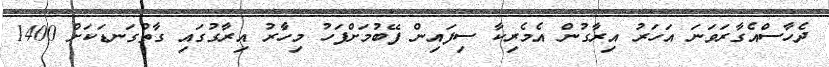
ދެހާސްއެގާރަވަނަ އަހަރު އިރާގުން އެމެރިކާ ސިފައިން ފޭބުމަށްފަހު މިހާެރު އިރާގުގައި ގާތްގަނޑަކަށް 1400